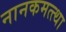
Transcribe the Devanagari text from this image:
नानकमत्त्था